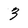
Character: 3